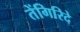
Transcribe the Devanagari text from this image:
तेंगिरिदे